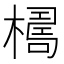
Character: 𣚑